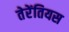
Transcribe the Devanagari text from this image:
तेरेंतियस